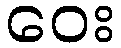
ဝေး